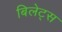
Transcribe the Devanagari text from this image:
बिलेट्स